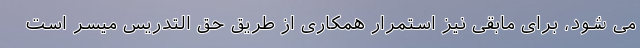
می شود، برای مابقی نیز استمرار همکاری از طریق حق التدریس میسر است